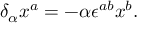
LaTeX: \delta _ { \alpha } x ^ { a } = - \alpha \epsilon ^ { a b } x ^ { b } .